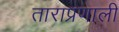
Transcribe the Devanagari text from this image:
ताराप्रणाली